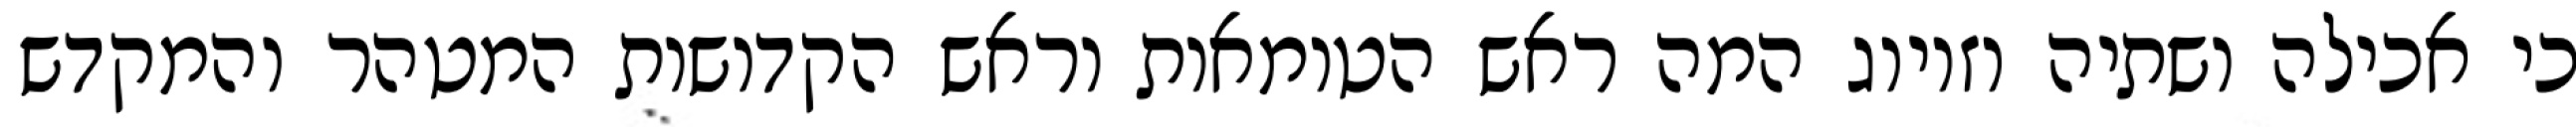
כי אכילה ושתיה וזיווג המה ראש הטומאות וראש הקדושות המטהר והמקדש